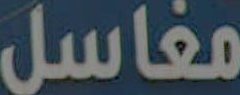
مغاسل